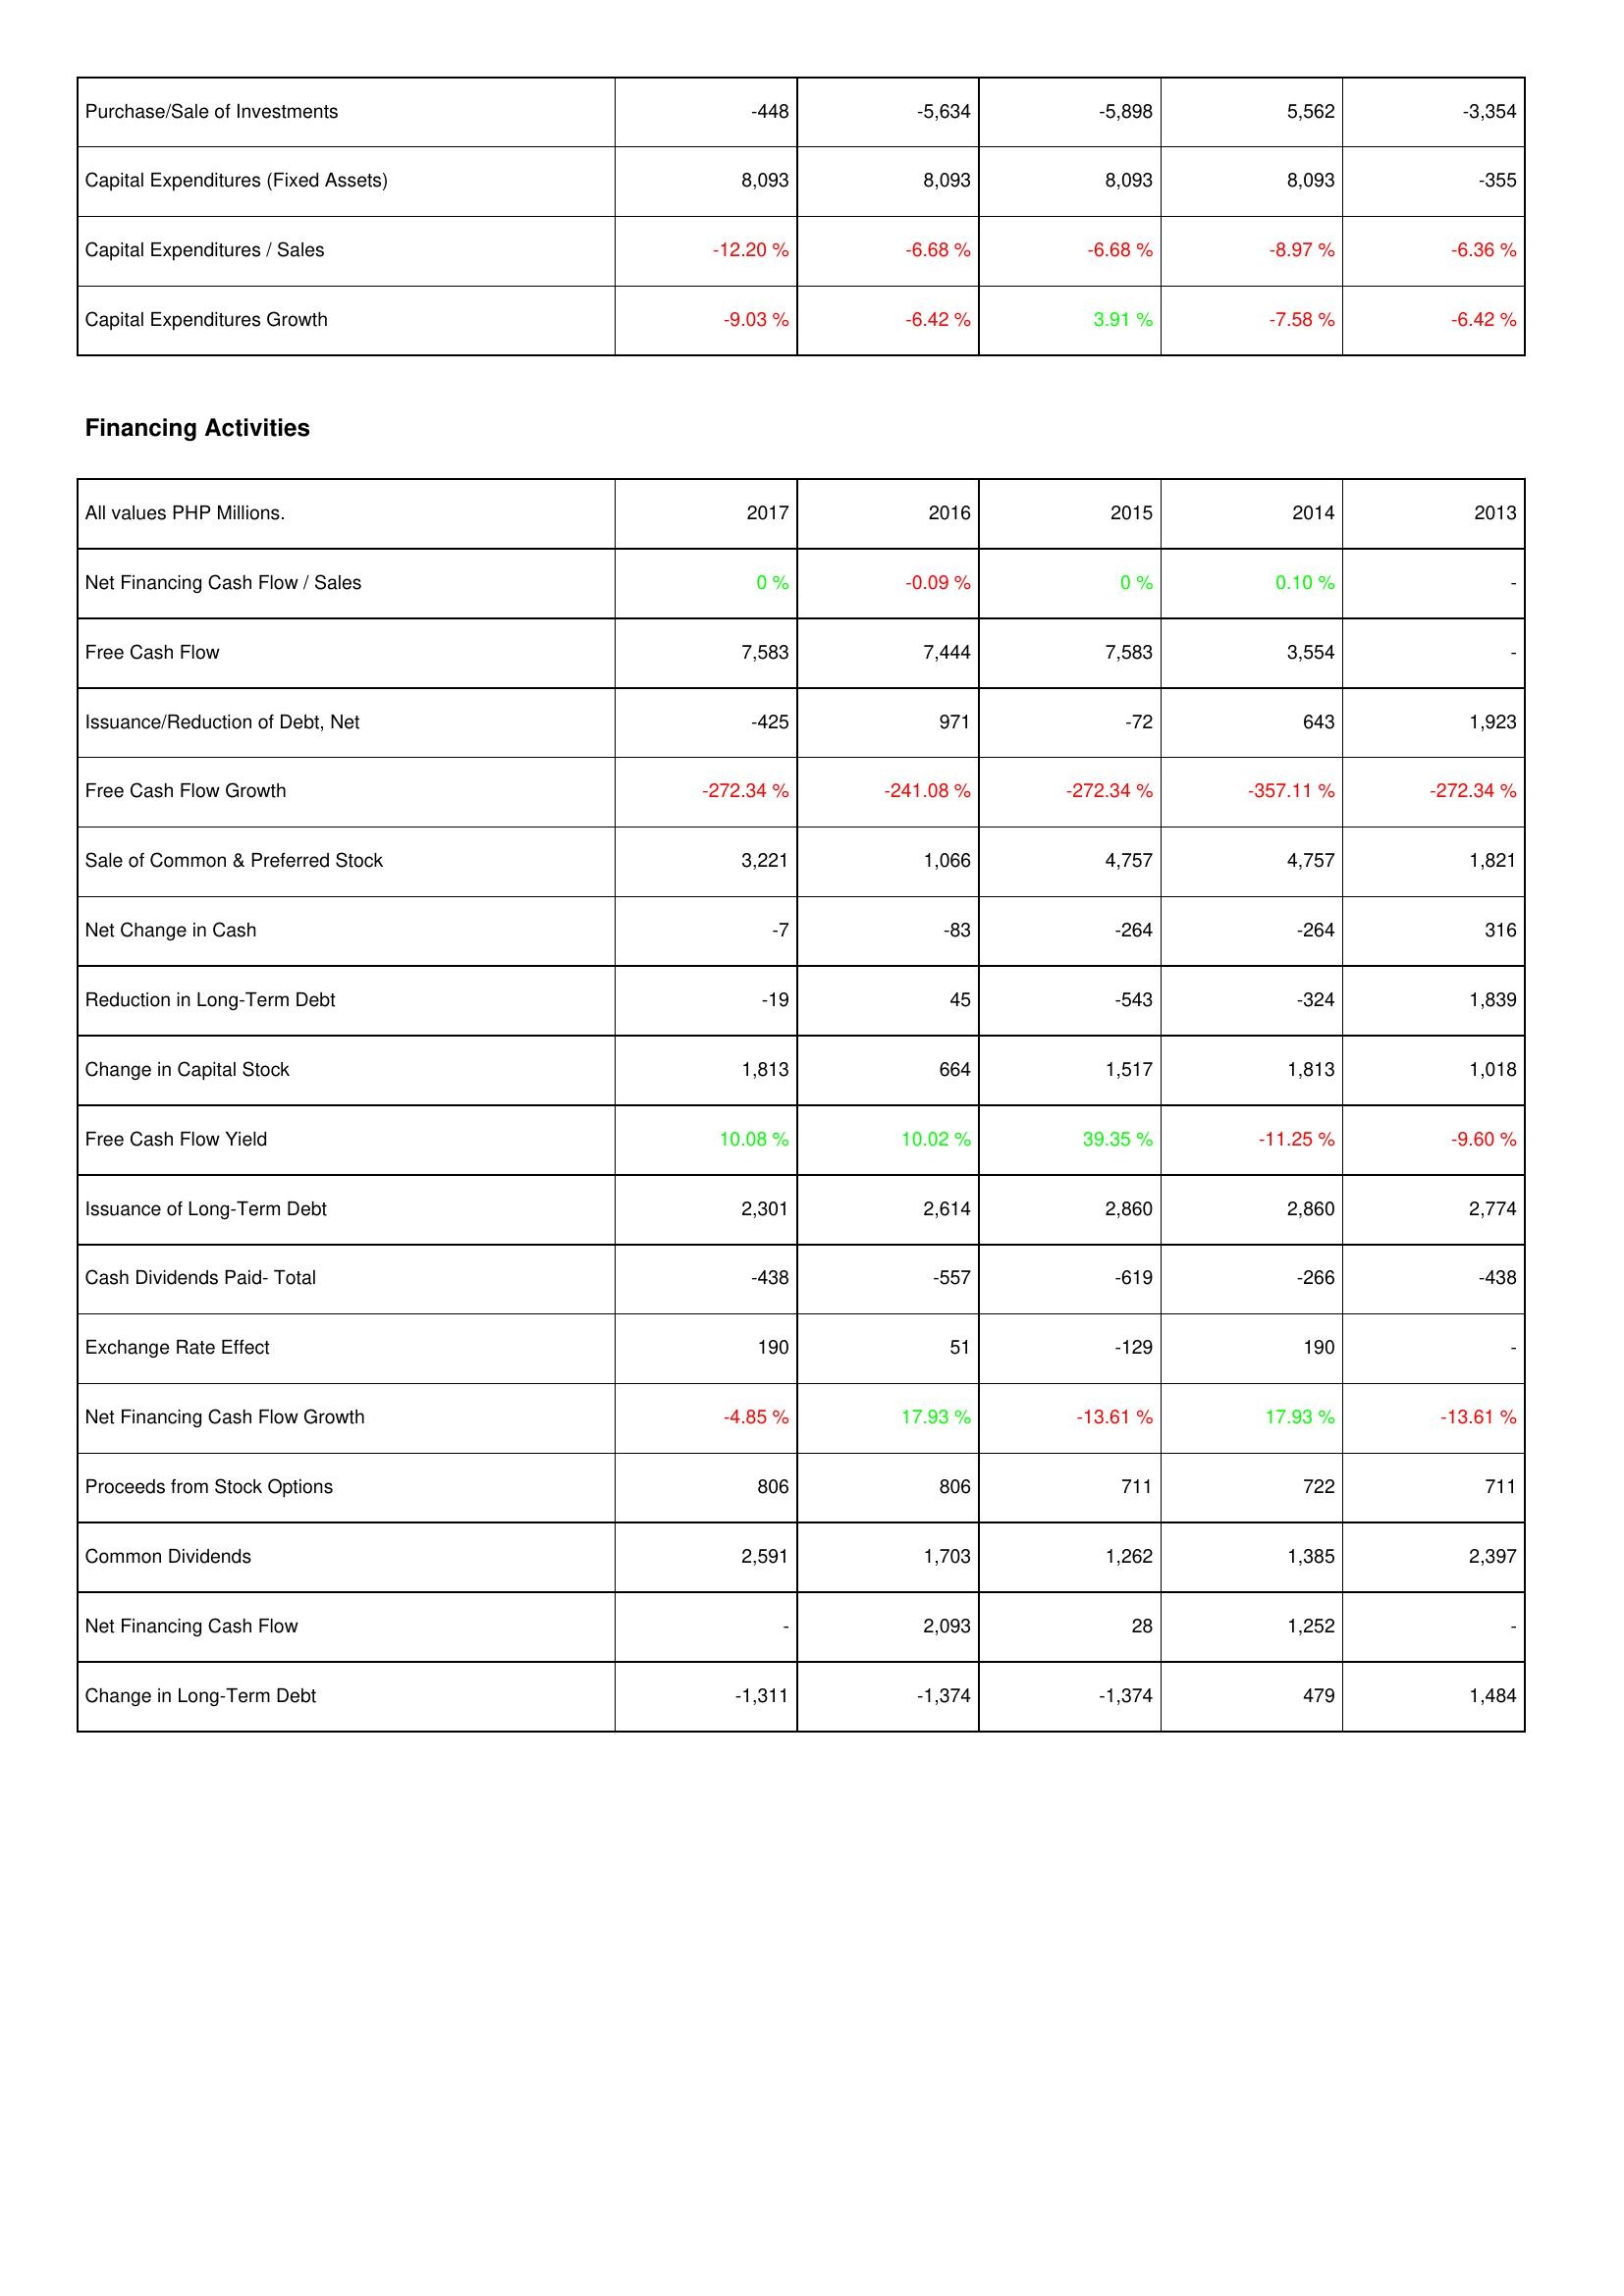
2017: Investing Activities: Purchase/Sale of Investments: -448
Capital Expenditures (Fixed Assets): 8,093
Capital Expenditures / Sales: -12.20 %
Capital Expenditures Growth: -9.03 %
Financing Activities: Net Financing Cash Flow / Sales: 0 %
Free Cash Flow: 7,583
Issuance/Reduction of Debt, Net: -425
Free Cash Flow Growth: -272.34 %
Sale of Common & Preferred Stock: 3,221
Net Change in Cash: -7
Reduction in Long-Term Debt: -19
Change in Capital Stock: 1,813
Free Cash Flow Yield: 10.08 %
Issuance of Long-Term Debt: 2,301
Cash Dividends Paid- Total: -438
Exchange Rate Effect: 190
Net Financing Cash Flow Growth: -4.85 %
Proceeds from Stock Options: 806
Common Dividends: 2,591
Net Financing Cash Flow: -
Change in Long-Term Debt: -1,311
2016: Investing Activities: Purchase/Sale of Investments: -5,634
Capital Expenditures (Fixed Assets): 8,093
Capital Expenditures / Sales: -6.68 %
Capital Expenditures Growth: -6.42 %
Financing Activities: Net Financing Cash Flow / Sales: -0.09 %
Free Cash Flow: 7,444
Issuance/Reduction of Debt, Net: 971
Free Cash Flow Growth: -241.08 %
Sale of Common & Preferred Stock: 1,066
Net Change in Cash: -83
Reduction in Long-Term Debt: 45
Change in Capital Stock: 664
Free Cash Flow Yield: 10.02 %
Issuance of Long-Term Debt: 2,614
Cash Dividends Paid- Total: -557
Exchange Rate Effect: 51
Net Financing Cash Flow Growth: 17.93 %
Proceeds from Stock Options: 806
Common Dividends: 1,703
Net Financing Cash Flow: 2,093
Change in Long-Term Debt: -1,374
2015: Investing Activities: Purchase/Sale of Investments: -5,898
Capital Expenditures (Fixed Assets): 8,093
Capital Expenditures / Sales: -6.68 %
Capital Expenditures Growth: 3.91 %
Financing Activities: Net Financing Cash Flow / Sales: 0 %
Free Cash Flow: 7,583
Issuance/Reduction of Debt, Net: -72
Free Cash Flow Growth: -272.34 %
Sale of Common & Preferred Stock: 4,757
Net Change in Cash: -264
Reduction in Long-Term Debt: -543
Change in Capital Stock: 1,517
Free Cash Flow Yield: 39.35 %
Issuance of Long-Term Debt: 2,860
Cash Dividends Paid- Total: -619
Exchange Rate Effect: -129
Net Financing Cash Flow Growth: -13.61 %
Proceeds from Stock Options: 711
Common Dividends: 1,262
Net Financing Cash Flow: 28
Change in Long-Term Debt: -1,374
2014: Investing Activities: Purchase/Sale of Investments: 5,562
Capital Expenditures (Fixed Assets): 8,093
Capital Expenditures / Sales: -8.97 %
Capital Expenditures Growth: -7.58 %
Financing Activities: Net Financing Cash Flow / Sales: 0.10 %
Free Cash Flow: 3,554
Issuance/Reduction of Debt, Net: 643
Free Cash Flow Growth: -357.11 %
Sale of Common & Preferred Stock: 4,757
Net Change in Cash: -264
Reduction in Long-Term Debt: -324
Change in Capital Stock: 1,813
Free Cash Flow Yield: -11.25 %
Issuance of Long-Term Debt: 2,860
Cash Dividends Paid- Total: -266
Exchange Rate Effect: 190
Net Financing Cash Flow Growth: 17.93 %
Proceeds from Stock Options: 722
Common Dividends: 1,385
Net Financing Cash Flow: 1,252
Change in Long-Term Debt: 479
2013: Investing Activities: Purchase/Sale of Investments: -3,354
Capital Expenditures (Fixed Assets): -355
Capital Expenditures / Sales: -6.36 %
Capital Expenditures Growth: -6.42 %
Financing Activities: Net Financing Cash Flow / Sales: -
Free Cash Flow: -
Issuance/Reduction of Debt, Net: 1,923
Free Cash Flow Growth: -272.34 %
Sale of Common & Preferred Stock: 1,821
Net Change in Cash: 316
Reduction in Long-Term Debt: 1,839
Change in Capital Stock: 1,018
Free Cash Flow Yield: -9.60 %
Issuance of Long-Term Debt: 2,774
Cash Dividends Paid- Total: -438
Exchange Rate Effect: -
Net Financing Cash Flow Growth: -13.61 %
Proceeds from Stock Options: 711
Common Dividends: 2,397
Net Financing Cash Flow: -
Change in Long-Term Debt: 1,484